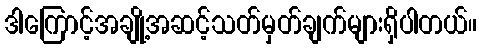
ဒါကြောင့်အချို့အဆင့်သတ်မှတ်ချက်များရှိပါတယ်။